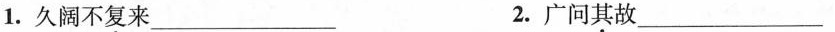
1.久阔不复来___ 2.广问其故___